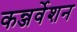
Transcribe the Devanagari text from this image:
कन्जर्वेशन